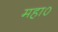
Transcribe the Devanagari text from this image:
महा०